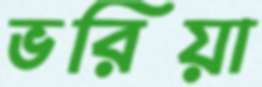
ভরিয়া